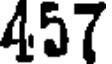
457